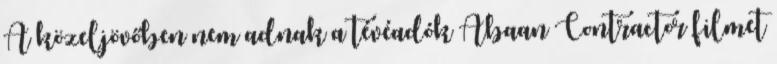
A közeljövőben nem adnak a tévéadók Abaan Contractor filmet